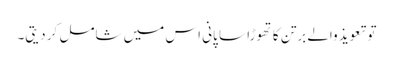
تو تعویذ والے برتن کا تھوڑا سا پانی اس میں شامل کر دیتی۔